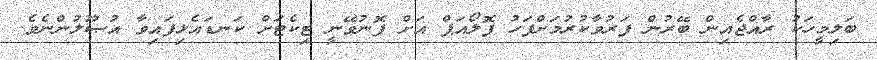
ބަލިމީހަކު ރާއްޖެއިން ބޭރުން ފަރުވާކުރުމަށްފަހު ފޮލޯއަޕް އަށް ފޮނުވޭނީ ޓިކެޓަށް ކަނޑައެޅިފައިވާ އުޞޫލުންނެވެ.